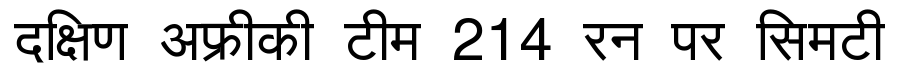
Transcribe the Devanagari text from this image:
दक्षिण अफ्रीकी टीम 214 रन पर सिमटी